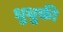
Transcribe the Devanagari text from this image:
धुधुकी